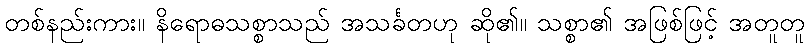
တစ်နည်းကား။ နိရောဓသစ္စာသည် အသင်္ခတဟု ဆို၏။ သစ္စာ၏ အဖြစ်ဖြင့် အတူတူ